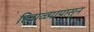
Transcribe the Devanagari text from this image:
हिवाळ्यापासून